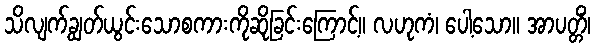
သိလျက်ချွတ်ယွင်းသောစကားကိုဆိုခြင်းကြောင့်။ လဟုကံ၊ ပေါ့သော။ အာပတ္တိံ၊